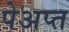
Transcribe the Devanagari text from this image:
पेअप्त